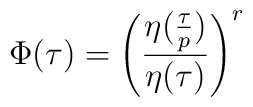
\Phi(\tau) = \left( \frac{\eta(\frac{\tau}{p})}{\eta(\tau)}\right)^r